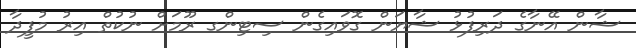
ޝާން އޭނާގެ ދަރިފުޅު ޝާޔަން ގޮވައިގެން ސިޓިންގ ރޫމަށް ނުކުތް އިރު މުފީދާ